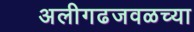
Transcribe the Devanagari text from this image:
अलीगढजवळच्या